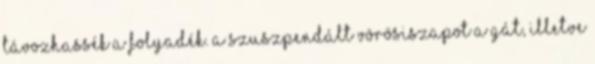
távozhassék a folyadék. A szuszpendált vörösiszapot a gát, illetve